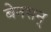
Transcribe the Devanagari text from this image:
बेनसन्